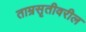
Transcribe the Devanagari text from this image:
ताम्रसृतीवरील